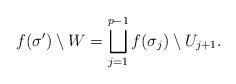
LaTeX: \begin{align*} f(\sigma') \setminus W =\bigsqcup_{j=1}^{p-1} f(\sigma_j)\setminus U_{j+1}. \end{align*}